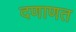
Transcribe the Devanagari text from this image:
दणाणत